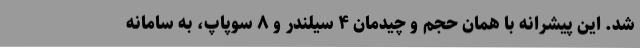
شد. این پیشرانه با همان حجم و چیدمان ۴ سیلندر و ۸ سوپاپ، به سامانه